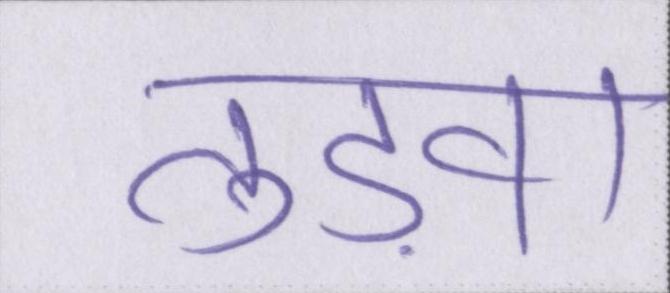
तुड़वा